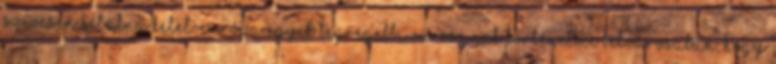
Szívesen sétálna Kelet-Európa egyik legrégebbi városának történelmi belvárosában, hogy